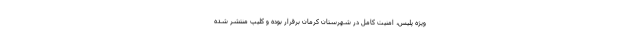
ویژه پلیس، امنیت کامل در شهرستان کرمان برقرار بوده و کلیپ منتشر شده